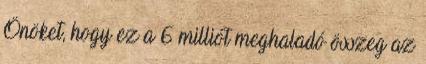
Önöket, hogy ez a 6 milliót meghaladó összeg az